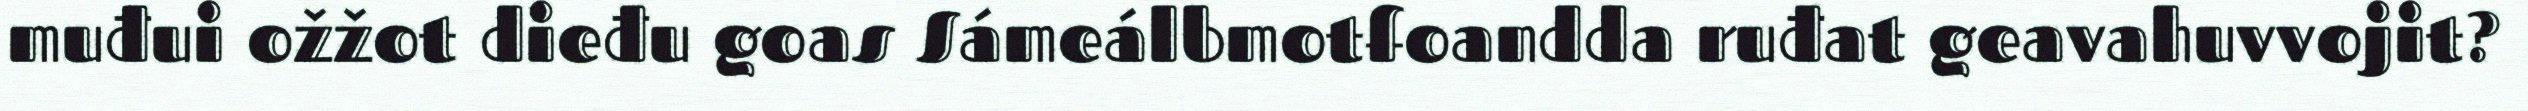
muđui ožžot dieđu goas Sámeálbmotfoandda ruđat geavahuvvojit?